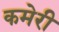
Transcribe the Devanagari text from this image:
कमेरी